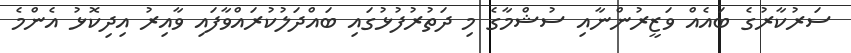
ސަރުކާރުގެ ބައެއް ވަޒީރުންނާއި ސުޝްމާގެ މި ދަތުރުފުޅުގައި ބައްދަލުކުރައްވާފައި ވާއިރު އިދިކޮޅު އެންމެ